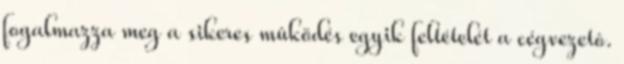
fogalmazza meg a sikeres mûködés egyik feltételét a cégvezetô.